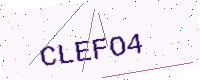
Text: CLEFO4